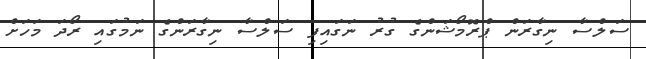
ސަލްސާ ނިގާރަން ޕްރޮމޯޝަންގެ ގުރު ނަގައިފި ސަލްސާ ނިގާރަންގެ ނަމުގައި ރޯދަ މަހަށް